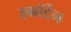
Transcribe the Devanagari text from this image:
स्कॉर्टेन